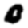
Digit: 0